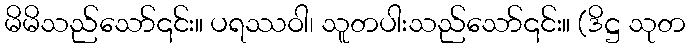
မိမိသည်သော်၎င်း။ ပရဿဝါ၊ သူတပါးသည်သော်၎င်း။ (ဒိဋ္ဌ သုတ